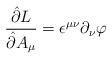
LaTeX: \begin{align*}\frac{\hat\partial L}{\hat\partial A_\mu}=\epsilon^{\mu\nu}\partial_\nu \varphi\end{align*}